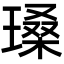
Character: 𪼏